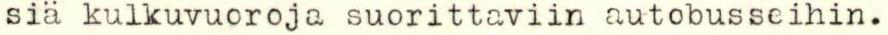
siä kulkuvuoroja suorittaviin autobusseihin.